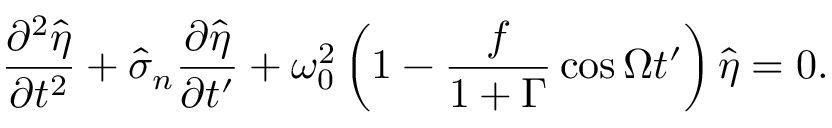
\frac { \partial ^ { 2 } \hat { \eta } } { \partial t ^ { 2 } } + \hat { \sigma } _ { n } \frac { \partial \hat { \eta } } { \partial t ^ { \prime } } + \omega _ { 0 } ^ { 2 } \left( 1 - \frac { f } { 1 + \Gamma } \cos { \Omega t ^ { \prime } } \right) \hat { \eta } = 0 .